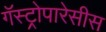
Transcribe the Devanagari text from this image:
गॅस्ट्रोपारेसीस